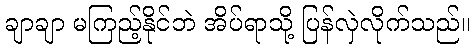
ချာချာ မကြည့်နိုင်ဘဲ အိပ်ရာသို့ ပြန်လှဲလိုက်သည်။